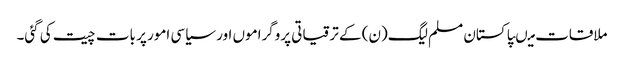
ملاقات میںپاکستان مسلم لیگ(ن) کے ترقیاتی پروگراموں اور سیاسی امور پر بات چیت کی گئی۔